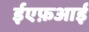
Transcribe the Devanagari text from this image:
ईएफ़आई